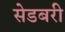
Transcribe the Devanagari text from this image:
सेडबरी